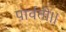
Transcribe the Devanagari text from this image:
पार्वती।।